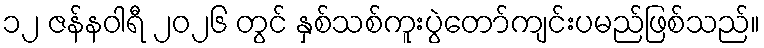
၁၂ ဇန်နဝါရီ ၂၀၂၆ တွင် နှစ်သစ်ကူးပွဲတော်ကျင်းပမည်ဖြစ်သည်။